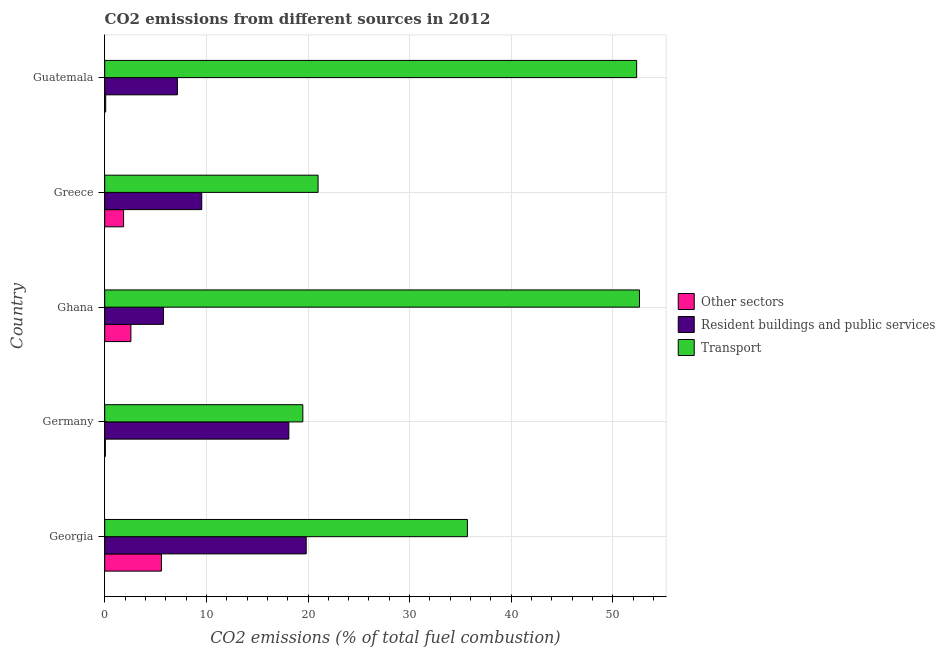
| Country | Other sectors | Resident buildings and public services | Transport |
 | --- | --- | --- | --- |
 | Georgia | 5.58 | 19.8 | 35.7 |
 | Germany | 0.0622 | 18.1 | 19.5 |
 | Ghana | 2.58 | 5.78 | 52.6 |
 | Greece | 1.86 | 9.55 | 21 |
 | Guatemala | 0.0953 | 7.15 | 52.3 |